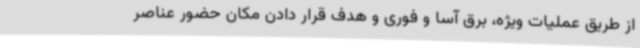
از طریق عملیات ویژه، برق آسا و فوری و هدف قرار دادن مکان حضور عناصر